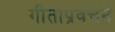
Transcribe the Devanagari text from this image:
गीताप्रवचने